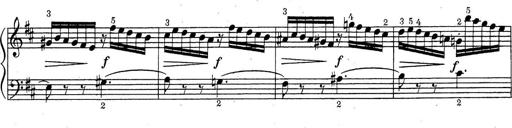
Title: ÄŒeskÃ© Sonatiny
Composer: Various